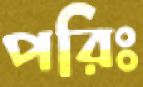
পরিঃ